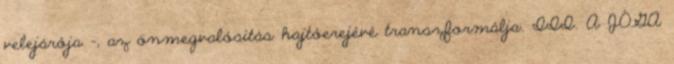
velejárója -, az önmegvalósítás hajtóerejévé transzformálja. III. A JÓGA